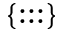
\{ : : : \}